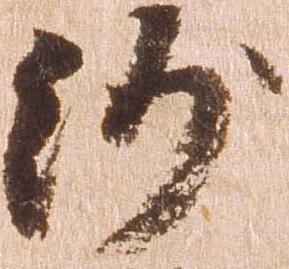
沙